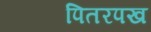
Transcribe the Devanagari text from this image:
पितरपख